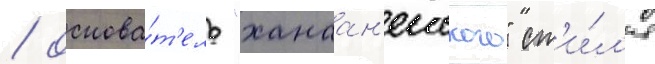
/ основа́т'ель "ханаан'еиского" ст'и́л'я